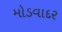
મોડવાદર